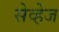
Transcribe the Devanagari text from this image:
सेव्हेज